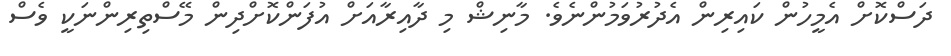
ދަސްކޮށް އެމީހުން ކައިރިން އެދުރުވަމުންނެވެ. މާނިޝް މި ދާއިރާއަށް އުފަންކޮށްދިން މޭސްތިރިންނަކީ ވެސް